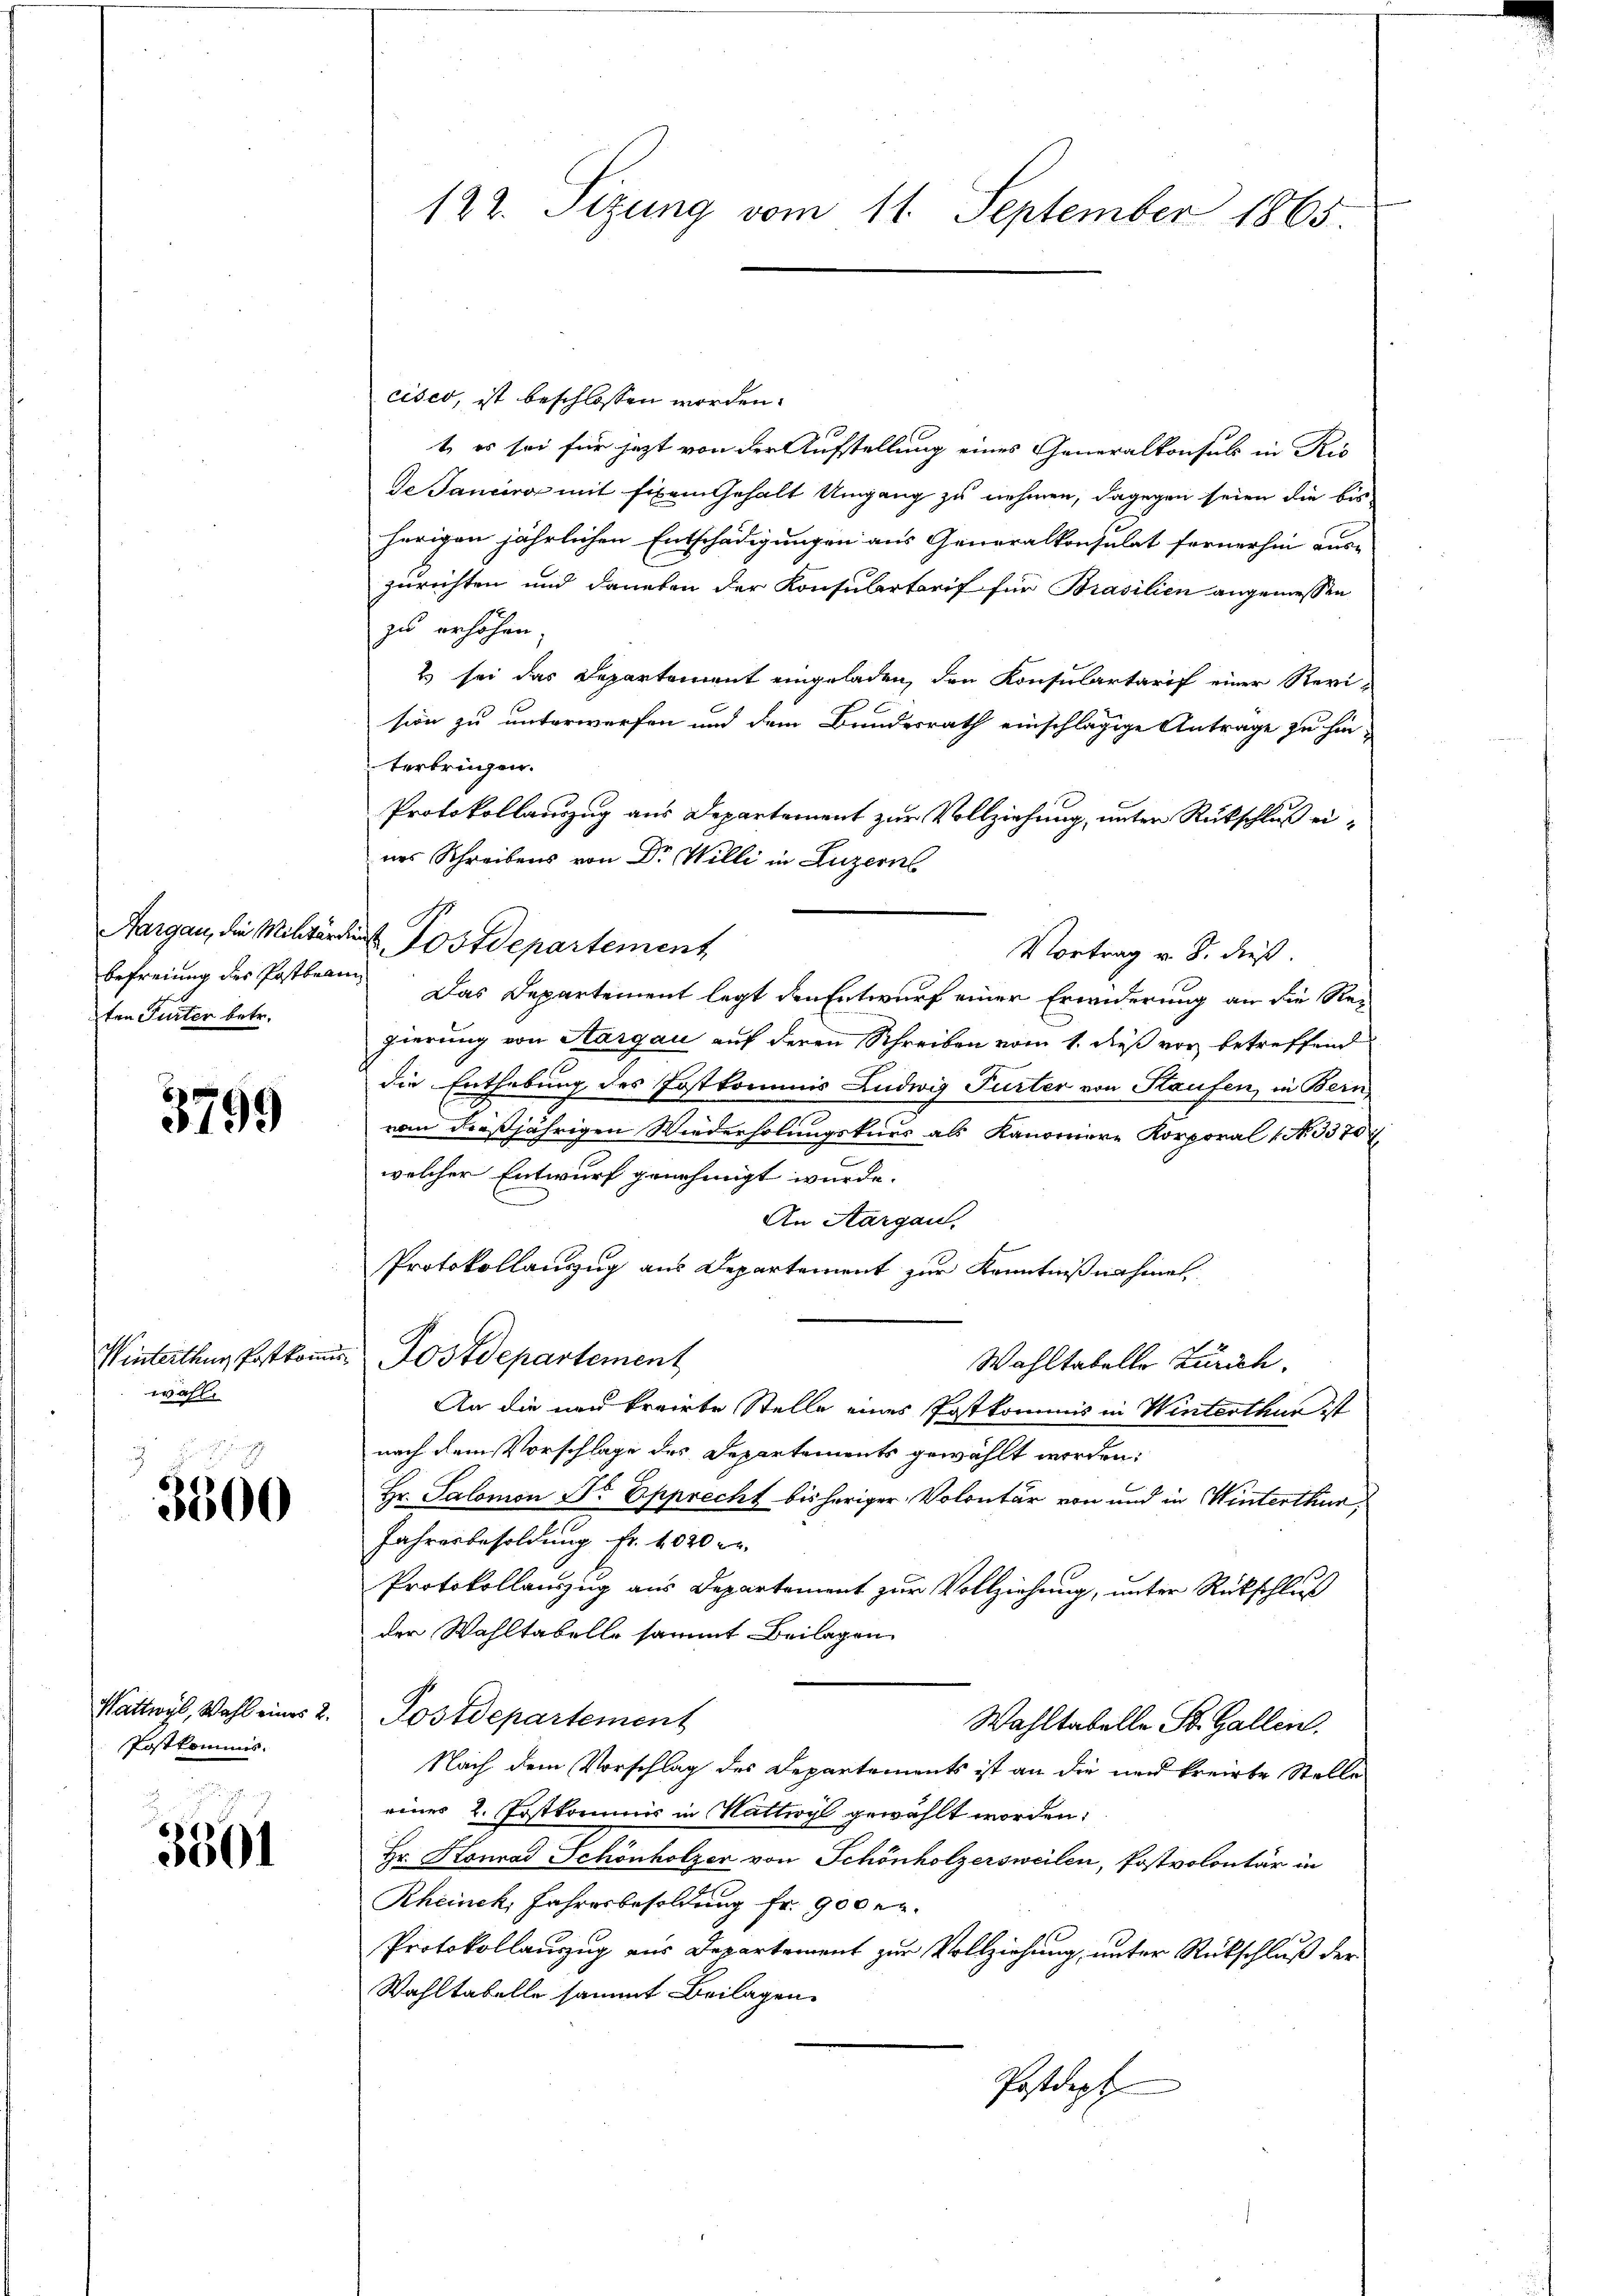
befreiung des Postbrann
ten Furter betr.

3799

Wintertung Postkomme
wahl.

3500

Wattwyl, Wahl eines 2.
Postkommis

3501

cises, ist beschlossen worden.
t, es sei für jezt von der Aufstellung eines Generalkonsuls in Ris
de Janeiro mit Eisen Gehalt Umgang zu nehmen, dagegen seien die bis
herigen jährlichen Entschädigungen aus Generalkonsulat fernerhin aus-
zurichten und daneben der Konsulartarif für Prasilien angemessen
zu erhöhen.
2 sei das Departement eingeladen, den Konsulartarif einer Revision zu unterwerfen und dem Bundesrath einschlägige Antrage zu hin
terbringen.
Protokollauszug aus Departement zur Vollziehung, unter Rückschluß eines Schreibens von Dr Willi in Luzerns
Vortrag v. 8. dieß.
Das Departement legt den Entwurf einer Erinderung an die Regierung von Sargau auf deren Schreiben vom 1. dieß vor betreffend
die Enthebung des Postkommis Ludwig Furter von Staufen, in Bern
von dießjährigen Wiederholungskurs als Kanoniere Korporal 1 No. 3370
welcher Entwurf genehmigt wurde.
An Aargau.
Protokollauszug aus Departement zur Kenntnißnahmen
Postdepartement
Wahltabelle Zürich.
An die und kreirte Stelle eines Postkommis in Winterthun ist
nach dem Vorschlage des Departements gewählt werden.
Hr. Salomon Dr Epprecht bisheriger Volontär von und in Winterthur,
Jahresbesoldung fr. 4020 r
Protokollauszug aus Departement zur Vollziehung, unter Rückschluß
der Wahltabelle sammt Beilagen
Postdepartement
Wahltabelle St. Gallen.
Nach dem Vorschlag des Departements ist an die und freirte Stelle
einer 2. Festkommis in Wattwyl gewählt worden:
Hr. Konrad Schönholzer von Schönholzersweilen, Postvolontär in
Rheinek, Jahresbesoldung fr. 900 er.
Protokollauszug aus Departement zur Vollziehung, unter Rückschluß der
Wahltabelle sammt Beilagen.
Postdept

122. Sizung vom 11. September 1865.

Aargau, die Militärdien Postdepartement